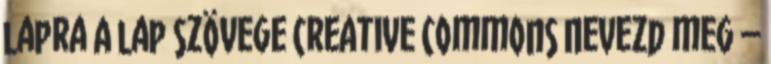
lapra A lap szövege Creative Commons Nevezd meg –